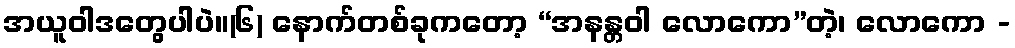
အယူဝါဒတွေပါပဲ။(၆) နောက်တစ်ခုကတော့ “အနန္တဝါ လောကော”တဲ့၊ လောကော -